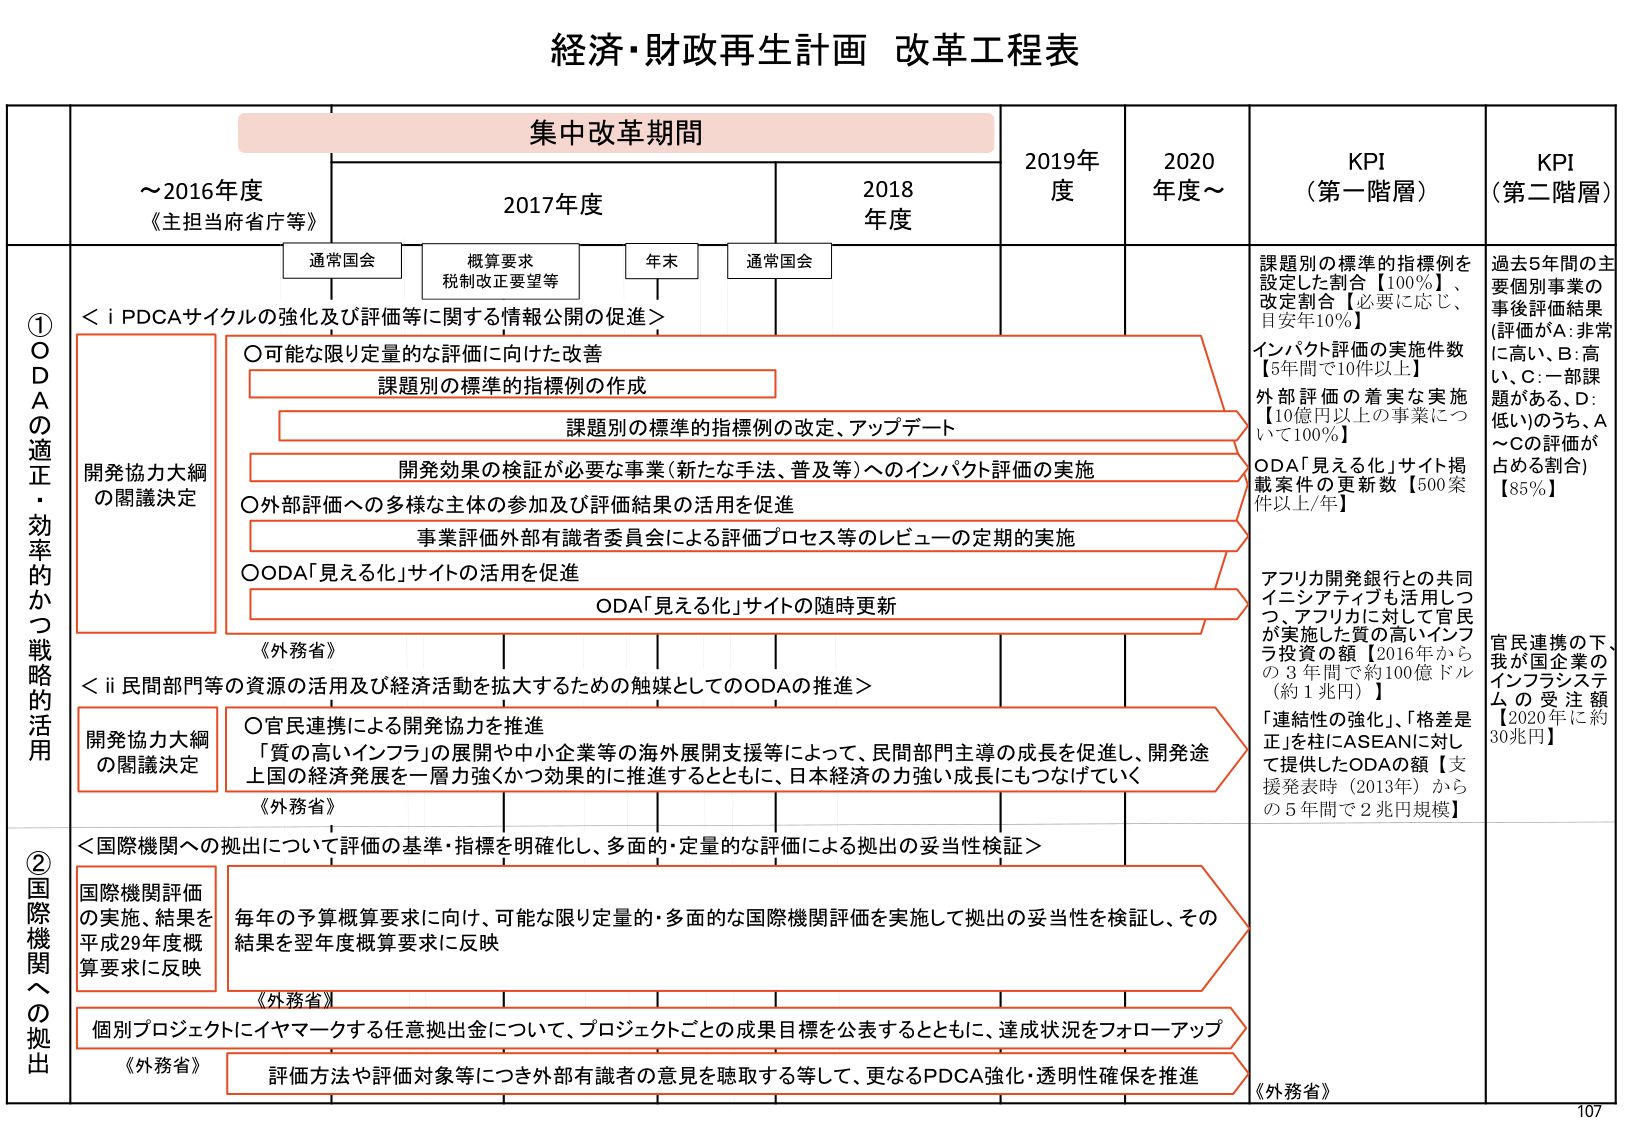
経済・財政再生計画 改革工程表

集中改革期間

～2016年度
《主担当府省庁等》

2017年度
通常国会
概算要求
税制改正要望等
年末
通常国会

2018年度

2019年度

2020年度～

KPI（第一階層）

KPI（第二階層）

① ODAの適正・効率的かつ戦略的活用

＜i PDCAサイクルの強化及び評価等に関する情報公開の促進＞

○可能な限り定量的な評価に向けた改善
課題別の標準的指標例の作成
課題別の標準的指標例の改定、アップデート
開発効果の検証が必要な事業（新たな手法、普及等）へのインパクト評価の実施
○外部評価への多様な主体の参加及び評価結果の活用を促進
事業評価外部有識者委員会による評価プロセス等のレビューの定期的実施
○ODA「見える化」サイトの活用を促進
ODA「見える化」サイトの随時更新

＜ii 民間部門等の資源の活用及び経済活動を拡大するための触媒としてのODAの推進＞

○官民連携による開発協力を推進
「質の高いインフラ」の展開や中小企業等の海外展開支援等によって、民間部門主導の成長を促進し、開発途上国の経済発展を一層力強くかつ効果的に推進するとともに、日本経済の力強い成長にもつなげていく

② 国際機関への拠出

＜国際機関への拠出について評価の基準・指標を明確化し、多面的・定量的な評価による拠出の妥当性検証＞

国際機関評価の実施、結果を平成29年度概算要求に反映
毎年の予算概算要求に向け、可能な限り定量的・多面的な国際機関評価を実施して拠出の妥当性を検証し、その結果を翌年度概算要求に反映

個別プロジェクトにイヤマークする任意拠出金について、プロジェクトごとの成果目標を公表するとともに、達成状況をフォローアップ
評価方法や評価対象等につき外部有識者の意見を聴取する等して、更なるPDCA強化・透明性確保を推進

《外務省》

課題別の標準的指標例を設定した割合【100％】、改定割合【必要に応じ、目安年10％】
インパクト評価の実施件数【5年間で10件以上】
外部評価の着実な実施【10億円以上の事業について100％】
ODA「見える化」サイト掲載案件の更新数【500案件以上/年】
アフリカ開発銀行との共同イニシアティブも活用しつつ、アフリカに対して官民が実施した質の高いインフラ投資の額【2016年からの3年間で約100億ドル（約1兆円）】
「連結性の強化」、「格差是正」を柱にASEANに対して提供したODAの額【支援発表時（2013年）からの5年間で2兆円規模】

過去5年間の主要個別事業の事後評価結果（評価がA：非常に高い、B：高い、C：一部課題がある、D：低い）のうち、A～Cの評価が占める割合）【85％】
官民連携の下、我が国企業のインフラシステムの受注額【2020年に約30兆円】

《外務省》

107